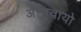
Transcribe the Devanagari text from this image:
अन्‍हवायो